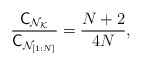
\begin{align*}\frac{\mathsf{C}_{\mathcal{N}_{\mathcal{K}}} }{{\mathsf{C}}_{\mathcal{N}_{[1:N]}}} = \frac{N+2}{4N},\end{align*}